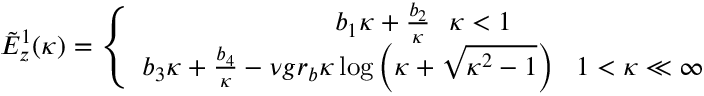
\begin{array} { r } { \tilde { E } _ { z } ^ { 1 } ( \kappa ) = \left\{ \begin{array} { c } { b _ { 1 } \kappa + \frac { b _ { 2 } } { \kappa } ~ ~ \kappa < 1 } \\ { b _ { 3 } \kappa + \frac { b _ { 4 } } { \kappa } - \nu g r _ { b } \kappa \log \left( \kappa + \sqrt { \kappa ^ { 2 } - 1 } \right) ~ ~ 1 < \kappa \ll \infty } \end{array} \right. } \end{array}